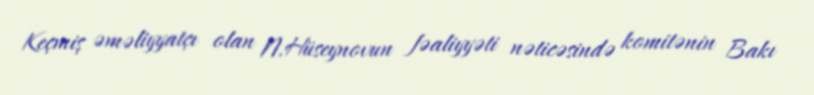
Keçmiş əməliyyatçı olan N.Hüseynovun fəaliyyəti nəticəsində komitənin Bakı